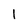
Character: l